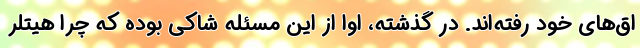
اق‌های خود رفته‌اند. در گذشته، اوا از این مسئله شاکی بوده که چرا هیتلر